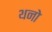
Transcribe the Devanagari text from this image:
थनो